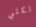
الكلي